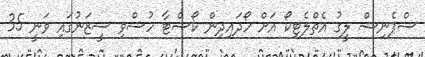
ސްޕެނިޝް ލީގު އެތްލެޓިކޯ އަށް ހޯދައިދިން ކޯސްޓާ ހުސްވި ސީޒަނުގައި ވަނީ 35